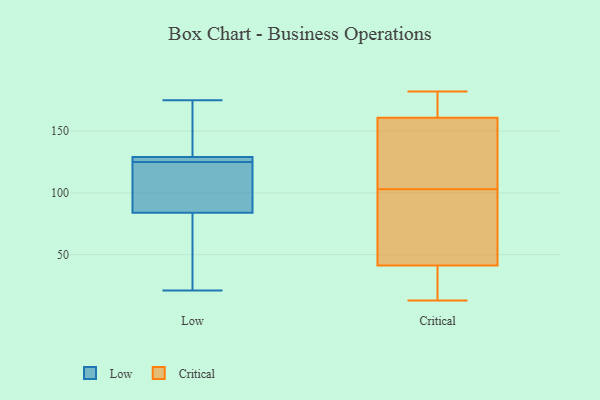
{"axis": {"x": "Temperature (°C)", "y": "Value"}, "legend": ["Critical", "Low"], "data": [{"x": "", "y": 45, "type": "Low"}, {"x": "", "y": 129, "type": "Low"}, {"x": "", "y": 122, "type": "Low"}, {"x": "", "y": 107, "type": "Low"}, {"x": "", "y": 175, "type": "Low"}, {"x": "", "y": 129, "type": "Low"}, {"x": "", "y": 21, "type": "Low"}, {"x": "", "y": 128, "type": "Low"}, {"x": "", "y": 128, "type": "Low"}, {"x": "", "y": 84, "type": "Low"}, {"x": "", "y": 175, "type": "Critical"}, {"x": "", "y": 182, "type": "Critical"}, {"x": "", "y": 36, "type": "Critical"}, {"x": "", "y": 26, "type": "Critical"}, {"x": "", "y": 103, "type": "Critical"}, {"x": "", "y": 81, "type": "Critical"}, {"x": "", "y": 151, "type": "Critical"}, {"x": "", "y": 13, "type": "Critical"}, {"x": "", "y": 57, "type": "Critical"}, {"x": "", "y": 164, "type": "Critical"}, {"x": "", "y": 130, "type": "Critical"}, {"x": "", "y": 72, "type": "Critical"}, {"x": "", "y": 141, "type": "Critical"}, {"x": "", "y": 174, "type": "Critical"}, {"x": "", "y": 13, "type": "Critical"}]}